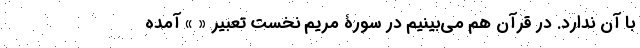
با آن ندارد. در قرآن هم می‌بینیم در سورۀ مریم نخست تعبیر « » آمده